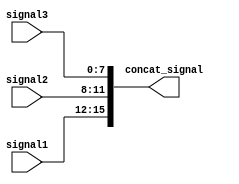
module concat_assign_example(
    input [3:0] signal1,
    input [3:0] signal2,
    input [7:0] signal3,
    output [15:0] concat_signal
);

assign concat_signal = {signal1, signal2, signal3};

endmodule